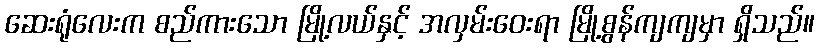
ဆေးရုံလေးက စည်ကားသော မြို့လယ်နှင့် အလှမ်းဝေးရာ မြို့စွန်ကျကျမှာ ရှိသည်။